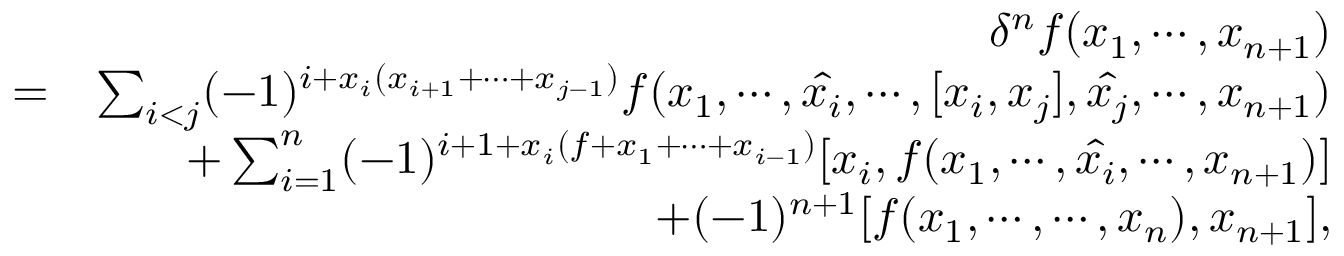
\begin{array} { r l r } & { } & { \delta ^ { n } f ( x _ { 1 } , \cdots , x _ { n + 1 } ) } \\ & { = } & { \sum _ { i < j } ( - 1 ) ^ { i + x _ { i } ( x _ { i + 1 } + \cdots + x _ { j - 1 } ) } f ( x _ { 1 } , \cdots , \hat { x _ { i } } , \cdots , [ x _ { i } , x _ { j } ] , \hat { x _ { j } } , \cdots , x _ { n + 1 } ) } \\ & { } & { + \sum _ { i = 1 } ^ { n } ( - 1 ) ^ { i + 1 + x _ { i } ( f + x _ { 1 } + \cdots + x _ { i - 1 } ) } [ x _ { i } , f ( x _ { 1 } , \cdots , \hat { x _ { i } } , \cdots , x _ { n + 1 } ) ] } \\ & { } & { + ( - 1 ) ^ { n + 1 } [ f ( x _ { 1 } , \cdots , \cdots , x _ { n } ) , x _ { n + 1 } ] , } \end{array}